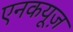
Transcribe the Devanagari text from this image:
एनकयूज़